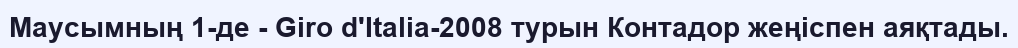
Маусымның 1-де - Giro d'Italia-2008 турын Контадор жеңіспен аяқтады.